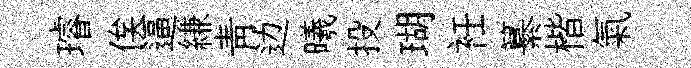
璿俟逼縑青边曦投瑚衽纂楷氣